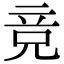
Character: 竞